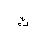
Letter: _kaf